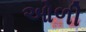
ઓળી